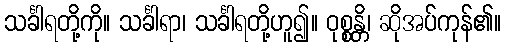
သင်္ခါရတို့ကို။ သင်္ခါရာ၊ သင်္ခါရတို့ဟူ၍။ ဝုစ္စန္တိ၊ ဆိုအပ်ကုန်၏။